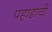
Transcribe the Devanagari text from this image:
पहाडाची